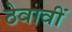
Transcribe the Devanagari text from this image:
ठेवावीं